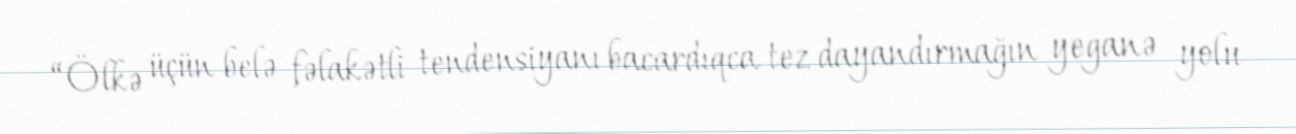
“Ölkə üçün belə fəlakətli tendensiyanı bacardıqca tez dayandırmağın yeganə yolu